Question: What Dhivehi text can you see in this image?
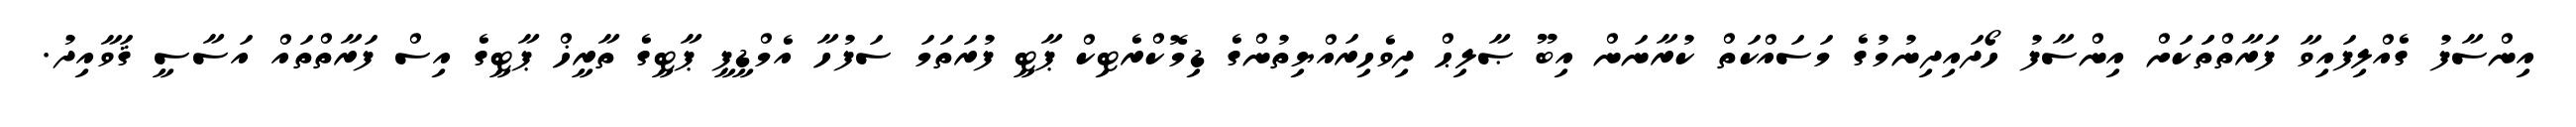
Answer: އިންސާފު ގެއްލިފައިވާ ފަރާތްތަަކަށް އިންސާފު ހޯދައިދިނުމުގެ މަސައްކަތް ކުރާނަން އިބޫ ޞާލިޙް ދިވެހިރައްޔިތުންގެ ޑިމޮކްރެޓިކް ޕާޓީ ފުރަތަމަ ސަފުހާ އެމްޑީޕީ ޕާޓީގެ ތާރީޚް ޕާޓީގެ އިސް ފަރާތްތައް އަސާސީ ޤަވާއިދު.